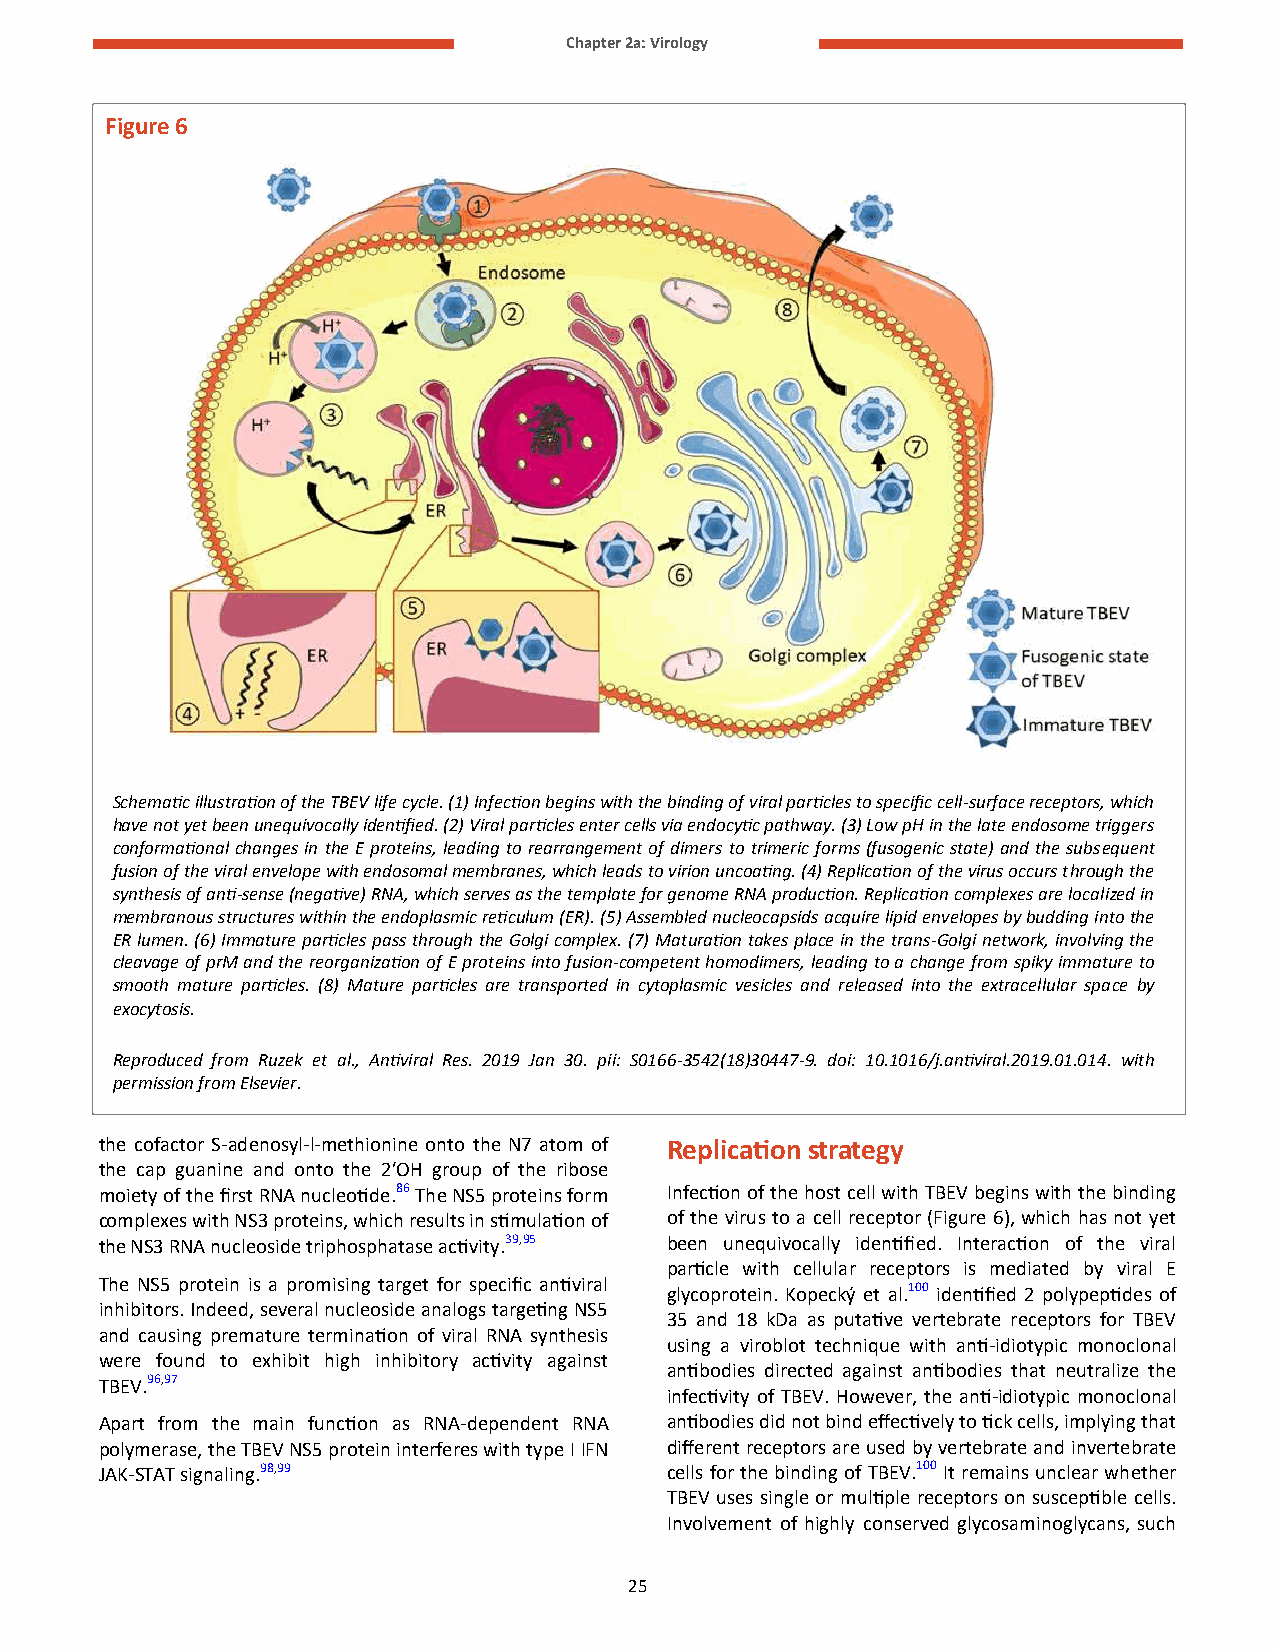
Chapter 2a: Virology
 Figure 6
 Schematic illustration of the TBEV life cycle. (1) Infection begins with the binding of viral particles to specific cell-surface receptors, which
 have not yet been unequivocally identified. (2) Viral particles enter cells via endocytic pathway. (3) Low pH in the late endosome triggers
 conformational changes in the E proteins, leading to rearrangement of dimers to trimeric forms (fusogenic state) and the subsequent
 fusion of the viral envelope with endosomal membranes, which leads to virion uncoating. (4) Replication of the virus occurs through the
 synthesis of anti-sense (negative) RNA, which serves as the template for genome RNA production. Replication complexes are localized in
 membranous structures within the endoplasmic reticulum (ER). (5) Assembled nucleocapsids acquire lipid envelopes by budding into the
 ER lumen. (6) Immature particles pass through the Golgi complex. (7) Maturation takes place in the trans-Golgi network, involving the
 cleavage of prM and the reorganization of E proteins into fusion-competent homodimers, leading to a change from spiky immature to
 smooth mature particles. (8) Mature particles are transported in cytoplasmic vesicles and released into the extracellular space by
 exocytosis.
 Reproduced from Ruzek et al., Antiviral Res. 2019 Jan 30. pii: S0166-3542(18)30447-9. doi: 10.1016/j.antiviral.2019.01.014. with
 permission from Elsevier.
 the cofactor S-adenosyl-l-methionine onto the N7 atom of Replication strategy
 the cap guanine and onto the 2′OH group of the ribose
 moiety of the first RNA nucleotide.86 The NS5 proteins form Infection of the host cell with TBEV begins with the binding
 complexes with NS3 proteins, which results in stimulation of of the virus to a cell receptor (Figure 6), which has not yet
 the NS3 RNA nucleoside triphosphatase activity.39,95 been unequivocally identified. Interaction of the viral
 particle with cellular receptors is mediated by viral E
 The NS5 protein is a promising target for specific antiviral glycoprotein. Kopecký et al.100 identified 2 polypeptides of
 inhibitors. Indeed, several nucleoside analogs targeting NS5
 35 and 18 kDa as putative vertebrate receptors for TBEV
 and causing premature termination of viral RNA synthesis
 using a viroblot technique with anti-idiotypic monoclonal
 were found to exhibit high inhibitory activity against
 antibodies directed against antibodies that neutralize the
 TBEV.96,97
 infectivity of TBEV. However, the anti-idiotypic monoclonal
 Apart from the main function as RNA-dependent RNA antibodies did not bind effectively to tick cells, implying that
 polymerase, the TBEV NS5 protein interferes with type I IFN different receptors are used by vertebrate and invertebrate
 JAK-STAT signaling.98,99             cells for the binding of TBEV.100 It remains unclear whether
 TBEV uses single or multiple receptors on susceptible cells.
 Involvement of highly conserved glycosaminoglycans, such
 25